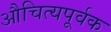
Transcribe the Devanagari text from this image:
औचित्यपूर्वक